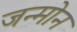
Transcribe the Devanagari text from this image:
जन्मोन